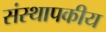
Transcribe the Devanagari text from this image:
संस्थापकीय